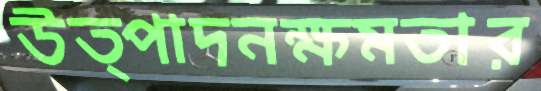
উত্পাদনক্ষমতার